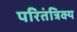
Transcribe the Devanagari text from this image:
परितंत्रिक्य